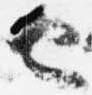
也